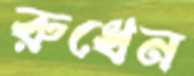
রুধেন